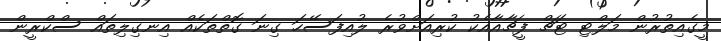
މީގެއިތުރުން މަލްޓި ޓަޗް ފީޗާއާއެކު ކުރިއަށްވުރެ ލުއިފަސޭހަ ގިނަ ގޮތްތަކެއް އިނގިލިތައް ސްކްރީން